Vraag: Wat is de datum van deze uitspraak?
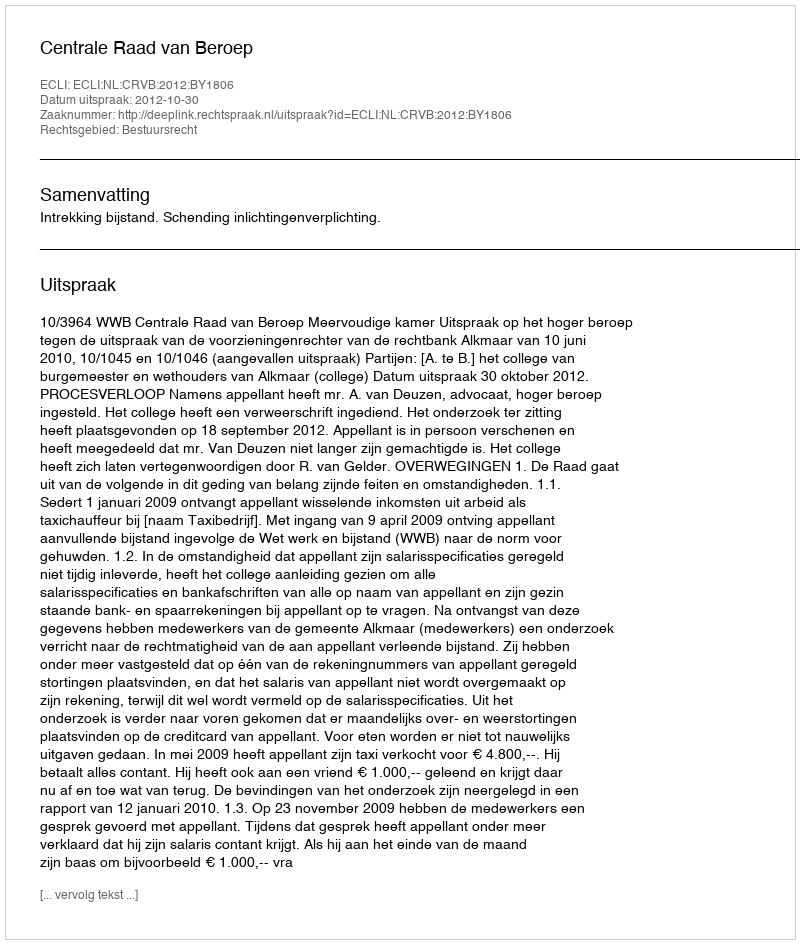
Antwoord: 2012-10-30